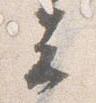
云